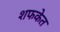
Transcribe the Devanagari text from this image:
शफकेत